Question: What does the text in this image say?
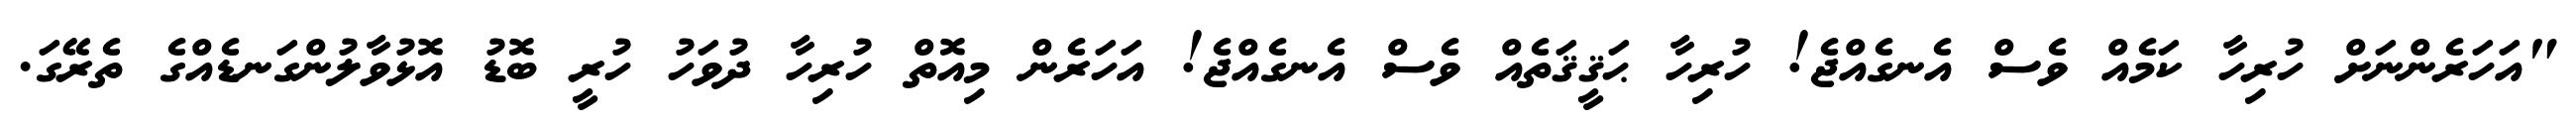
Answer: "އަހަރެންނަށް ހުރިހާ ކަމެއް ވެސް އެނގެއްޖެ! ހުރިހާ ޙަޤީޤަތެއް ވެސް އެނގެއްޖެ! އަހަރެން މިއޮތް ހުރިހާ ދުވަހު ހުރީ ބޮޑު އޮޅުވާލުންގަނޑެއްގެ ތެރޭގަ.